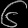
Digit: ၆